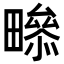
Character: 𤳒